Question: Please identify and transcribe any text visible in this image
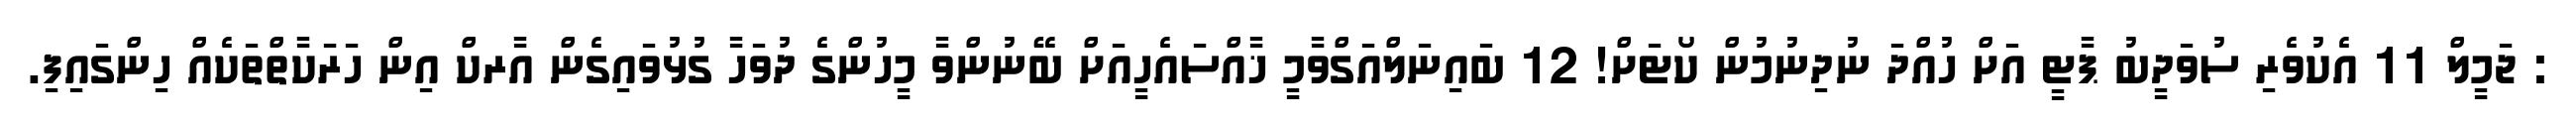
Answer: : ޖަމީލް 11 އެކުވެރި ސުވަދީބު ޕާޓީ އަށް ހުއްދަ ނުދިނުމުން ކޯޓަށް! 12 ބައިނަލްއަގްވާމީ ޚާއްސައެހީއަށް ބޭނުންވާ މީހުންގެ ދުވަހާ ގުޅުވައިގެން އާރކް އިން ހަރަކާތްތަކެއް ހިންގައިފި.